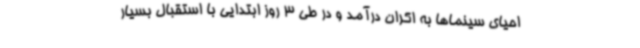
احیای سینماها به اکران درآمد و در طی 3 روز ابتدایی با استقبال بسیار